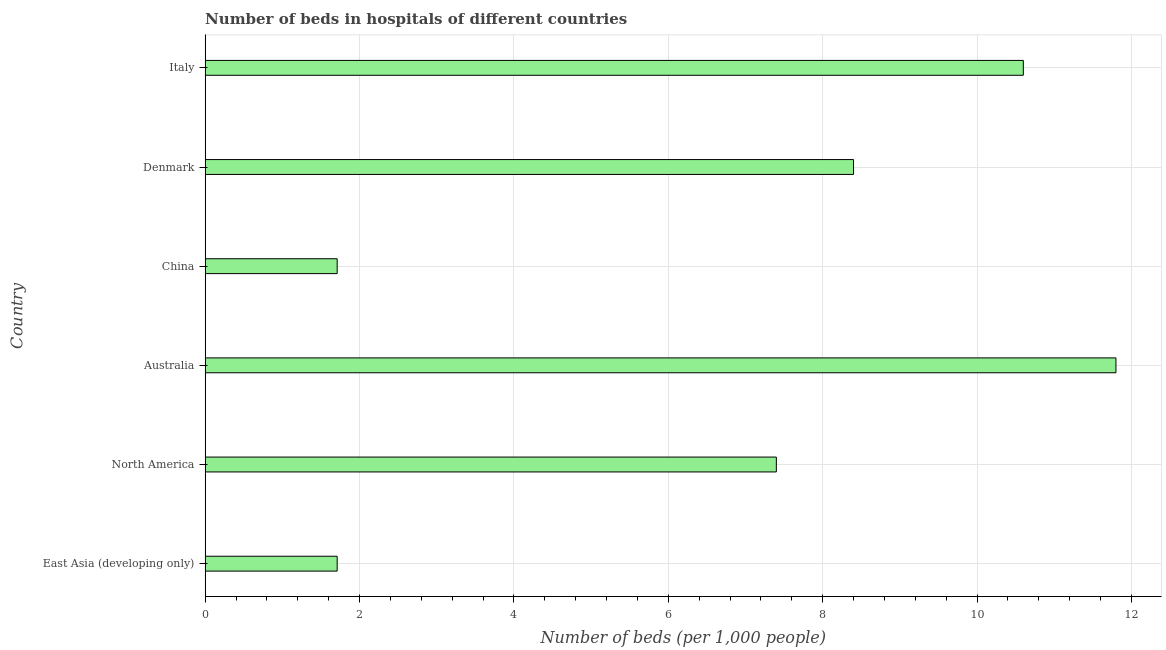
| Country | Hospital beds |
 | --- | --- |
 | East Asia (developing only) | 1.71 |
 | North America | 7.4 |
 | Australia | 11.8 |
 | China | 1.71 |
 | Denmark | 8.4 |
 | Italy | 10.6 |